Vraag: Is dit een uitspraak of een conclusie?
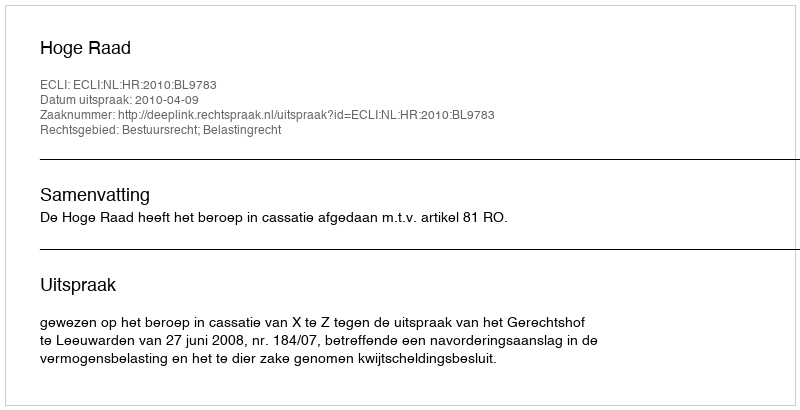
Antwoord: Uitspraak